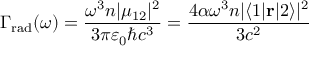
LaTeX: \Gamma _ { \mathrm { r a d } } ( \omega ) = { \frac { \omega ^ { 3 } n | \mu _ { 1 2 } | ^ { 2 } } { 3 \pi \varepsilon _ { 0 } \hbar c ^ { 3 } } } = { \frac { 4 \alpha \omega ^ { 3 } n | \langle 1 | \mathbf { r } | 2 \rangle | ^ { 2 } } { 3 c ^ { 2 } } }